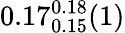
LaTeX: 0.17_{0.15}^{0.18}(1)